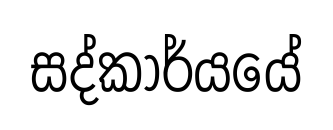
සද්කාර්යයේ